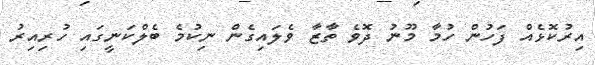
އިރުކޮޅެއް ފަހުން ހުމާ މޫނު ދޮވެ ތާޒާ ވެލައިގެން ނިކުމެ ބެލްކަނީގައި ހުރިއިރު